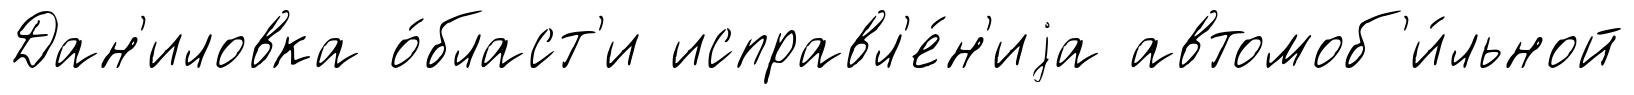
Дан'иловка о́бласт'и исправл'е́н'иjа автомоб'и́льной